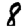
Digit: 8